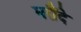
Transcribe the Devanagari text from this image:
घरौंदे